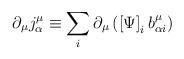
LaTeX: \begin{align*}\partial _{\mu }j_{\alpha }^{\mu }\equiv \sum_{i}\partial _{\mu }\left(\left[ \Psi \right] _{i}b_{\alpha i}^{\mu }\right)\end{align*}